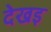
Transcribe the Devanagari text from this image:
देखइ